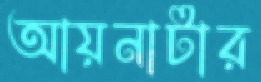
আয়নাটার